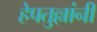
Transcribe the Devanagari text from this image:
हेपतुल्लांनी